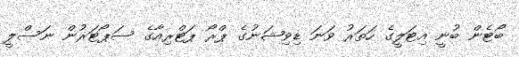
ބޯޓެން ބުނީ އިޓަލީގެ ހަތަރު ވަނަ ޑިވިޝަނުގެ ޕްރޯ ޕަޓްރިއާގެ ސަޕޯޓަރުން ނަސްލީ